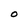
Character: O